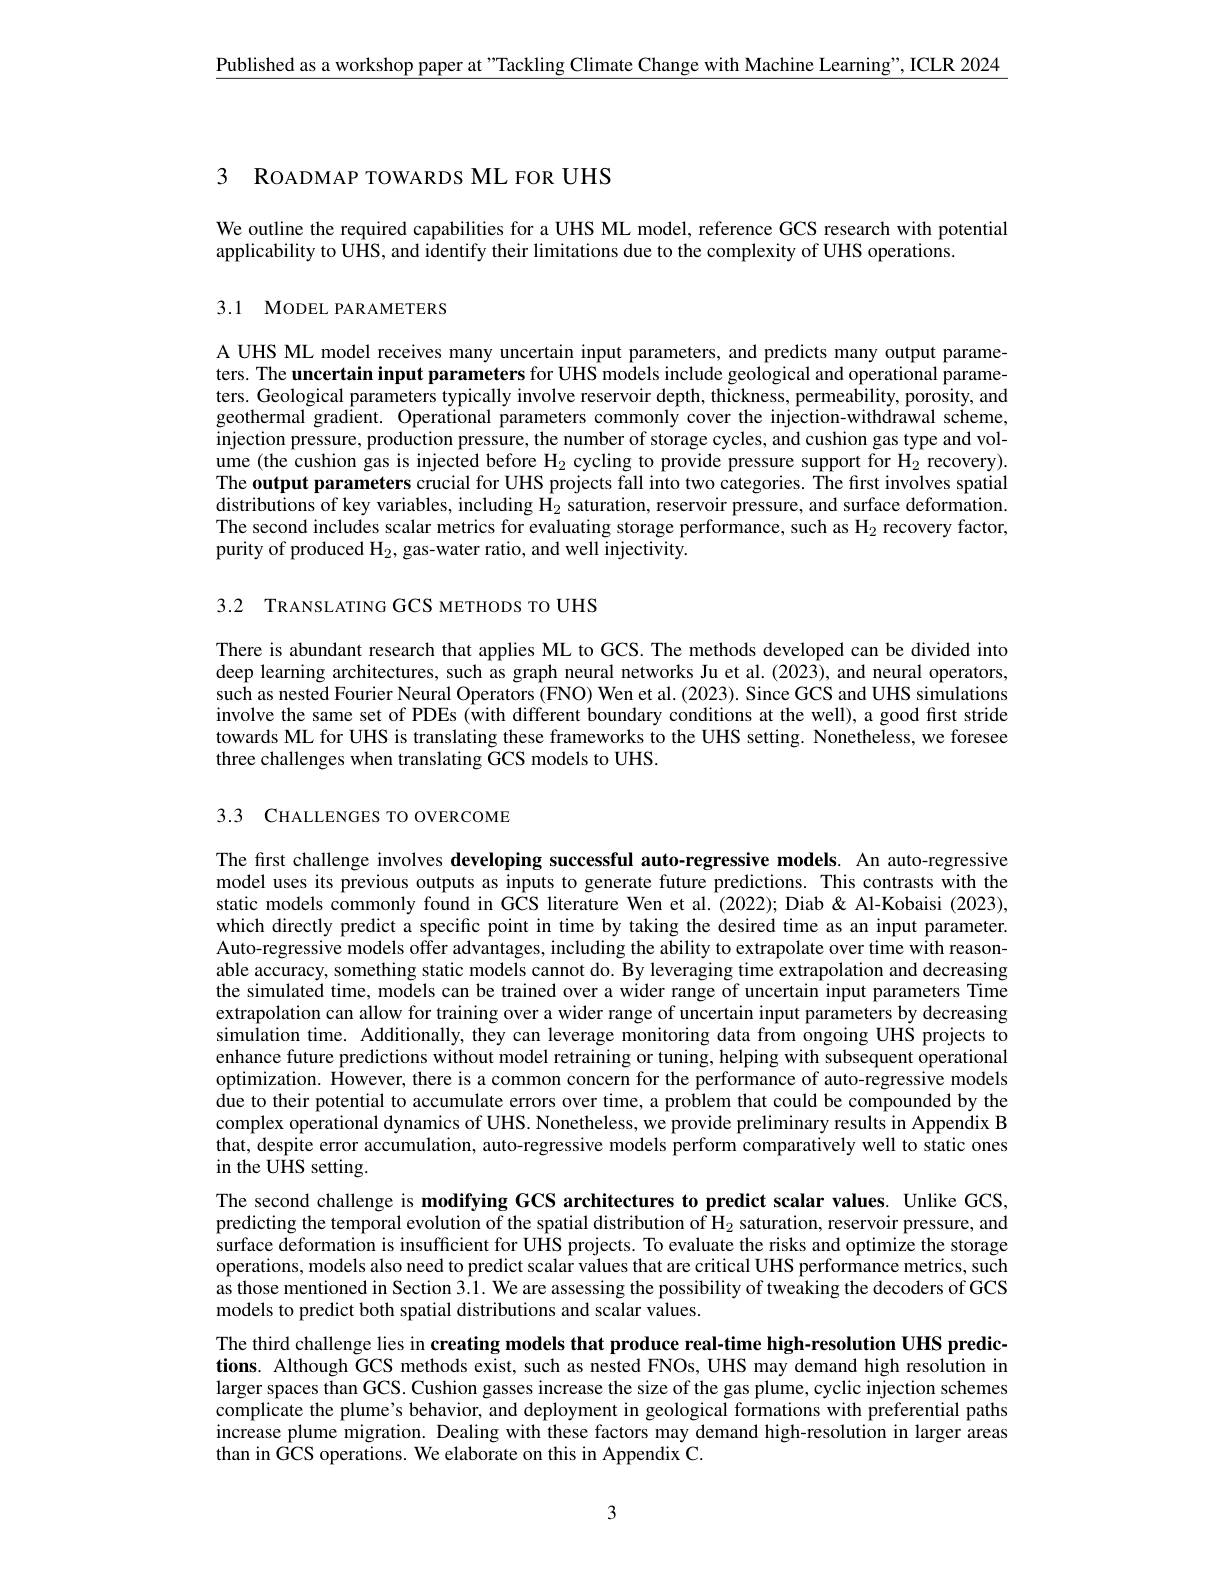
$\underline{\text{Published as a workshop paper at"Tackling Climate Change with Machine Learning",ICLR 2024}}$

3 ROADMAP TOWARDS ML FOR UHS

We outline the required capabilities for a UHS ML model, reference GCS research with potential
applicability to UHS, and identify their limitations due to the complexity of UHS operations.

3.1 MODEL PARAMETERS

A UHS ML model receives many uncertain input parameters, and predicts many output parameters. The uncertain input parameters for UHS models include geological and operational parameters. Geological parameters typically involve reservoir depth, thickness, permeability, porosity, and geothermal gradient. Operational parameters commonly cover the injection-withdrawal scheme, injection pressure, production pressure, the number of storage cycles, and cushion gas type and volume (the cushion gas is injected before H$_2$ cycling to provide pressure support for H$_2$ recovery) The output parameters crucial for UHS projects fall into two categories. The first involves spatial distributions of key variables, including H$_2$ saturation, reservoir pressure, and surface deformation. The second includes scalar metrics for evaluating storage performance, such as $\mathrm{H}_{2}$ recovery factor, purity of produced H_2, gas-water ratio, and well injectivity.

3.2 TRANSLATING GCS METHODS TO UHS

There is abundant research that applies ML to GCS. The methods developed can be divided into deep learning architectures, such as graph neural networks Ju et al.(2023), and neural operators, such as nested Fourier Neural Operators (FNO) Wen et al.(2023). Since GCS and UHS simulations involve the same set of PDEs (with different boundary conditions at the well), a good first stride towards ML for UHS is translating these frameworks to the UHS setting. Nonetheless, we foresee three challenges when translating GCS models to UHS.

3.3 CHALLENGES TO OVERCOME

The first challenge involves developing successful auto-regressive models. An auto-regressive model uses its previous outputs as inputs to generate future predictions. This contrasts with the static models commonly found in GCS literature Wen et al.(2022); Diab & Al-Kobaisi (2023), which directly predict a specific point in time by taking the desired time as an input parameter. Auto-regressive models offer advantages, including the ability to extrapolate over time with reasonable accuracy, something static models cannot do. By leveraging time extrapolation and decreasing the simulated time, models can be trained over a wider range of uncertain input parameters Time extrapolation can allow for training over a wider range of uncertain input parameters by decreasing simulation time. Additionally, they can leverage monitoring data from ongoing UHS projects to enhance future predictions without model retraining or tuning, helping with subsequent operational optimization. However, there is a common concern for the performance of auto-regressive models due to their potential to accumulate errors over time, a problem that could be compounded by the complex operational dynamics of UHS. Nonetheless, we provide preliminary results in Appendix B that, despite error accumulation, auto-regressive models perform comparatively well to static ones in the UHS setting.

The second challenge is modifying GCS architectures to predict scalar values. Unlike GCS, predicting the temporal evolution of the spatial distribution of $\mathcal{H}_2$ saturation, reservoir pressure, and surface deformation is insufficient for UHS projects. To evaluate the risks and optimize the storage operations, models also need to predict scalar values that are critical UHS performance metrics, such as those mentioned in Section 3.1. We are assessing the possibility of tweaking the decoders of GCS models to predict both spatial distributions and scalar values.

The third challenge lies in creating models that produce real-time high-resolution UHS predictions. Although GCS methods exist, such as nested FNOs, UHS may demand high resolution in larger spaces than GCS. Cushion gasses increase the size of the gas plume, cyclic injection schemes complicate the plume's behavior, and deployment in geological formations with preferential paths increase plume migration. Dealing with these factors may demand high-resolution in larger areas than in GCS operations. We elaborate on this in Appendix C.

3